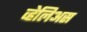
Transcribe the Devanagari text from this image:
व्हेलिअस